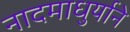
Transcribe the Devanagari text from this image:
नादमाधुर्याने